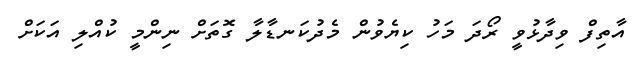
އާތިފް ވިދާޅުވީ ރޯދަ މަހު ކިޔެވުން މެދުކަނޑާލާ ގޮތަށް ނިންމީ ކުއްލި އަކަށް